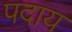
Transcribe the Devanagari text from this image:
पदाय